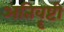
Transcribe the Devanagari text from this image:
अतिवॄष्टी